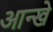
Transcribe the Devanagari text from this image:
आन्खे